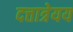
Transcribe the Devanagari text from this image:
दत्तात्रेयय